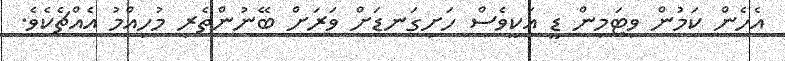
އެހެން ކަމުން ވިޓަމިން ޑީ އަކީވެސް ހަށިގަނޑަށް ވަރަށް ބޭނުންތެރި މުހިއްމު އެއްޗެކެވެ.